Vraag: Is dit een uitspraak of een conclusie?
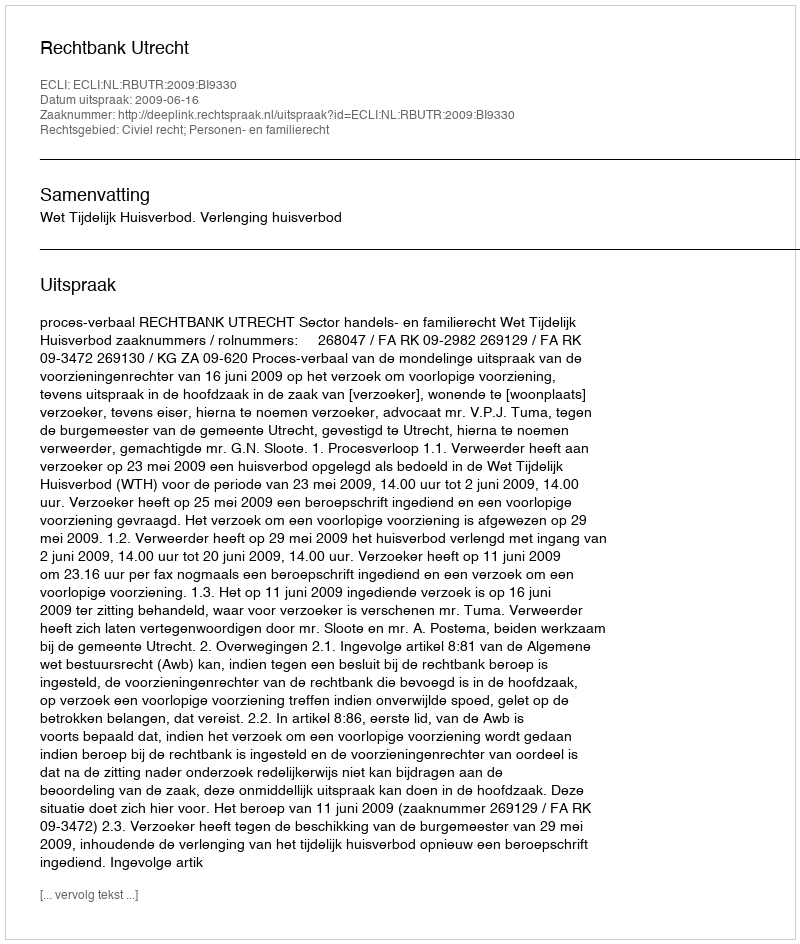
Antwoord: Uitspraak